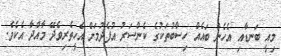
މިއީ ބަނޑާއި އެހެން ބައެއް ހިސާބުތަކުގެ ކެންސަރު އުފެދުމަށް އެހީތެރިވެދޭ މާއްދާ އެކެވެ.